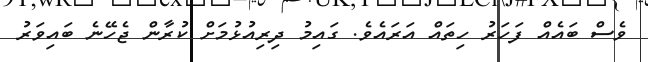
ވެސް ބައެއް ފަހަރު ހިތައް އަރައެވެ. ގައިމު ދިރިއުޅުމަށް ކުރާން ޖެހޭނެ ބައިވަރު